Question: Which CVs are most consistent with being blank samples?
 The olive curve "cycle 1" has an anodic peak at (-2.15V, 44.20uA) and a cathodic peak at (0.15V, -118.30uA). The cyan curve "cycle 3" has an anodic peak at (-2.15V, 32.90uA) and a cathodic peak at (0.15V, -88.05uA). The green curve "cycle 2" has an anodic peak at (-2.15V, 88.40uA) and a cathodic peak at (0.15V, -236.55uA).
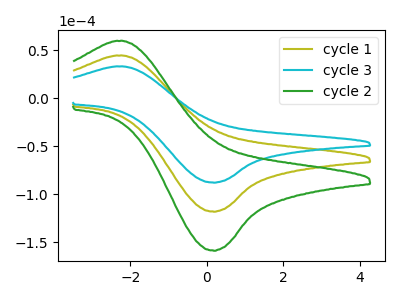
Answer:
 <answer>There are not any CV's on this graph that are likely to be blanks.</answer>
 <eval>none</eval>